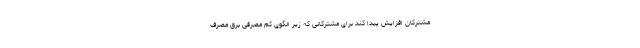
مشترکان افزایش پیدا کند برای مشترکانی که زیر الگوی کم مصرفی برق مصرف